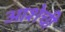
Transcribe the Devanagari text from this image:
आशेची